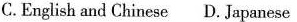
C.English and Chinese D. Japanese